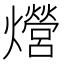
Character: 𤒨